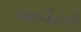
વાતચીતનો